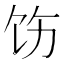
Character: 饬